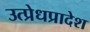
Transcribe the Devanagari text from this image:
उत्प्रेधप्रादेश